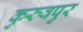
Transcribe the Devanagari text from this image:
कुरुवपुर